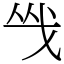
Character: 㦰